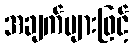
အချက်များဖြင့်